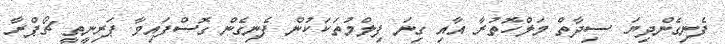
ފެނިގެންދިޔަ ސިދާތް މަލްހޮތުރާ އާއި ގިނަ ފިލްމުތަކަކުން ފެނިގެން ގޮސްފައިވާ ޕަރިނީތީ ޗޯޕްރާ